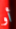
أو